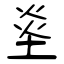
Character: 烾